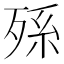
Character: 𣨒